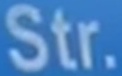
Str.